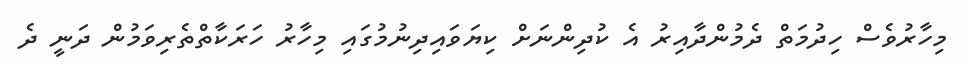
މިހާރުވެސް ހިދުމަތް ދެމުންދާއިރު އެ ކުދިންނަށް ކިޔަވައިދިނުމުގައި މިހާރު ހަރަކާތްތެރިވަމުން ދަނީ ދެ